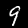
Digit: 9